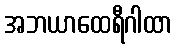
အဘယာထေရီဂါထာ